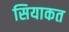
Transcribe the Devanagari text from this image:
सियाकत